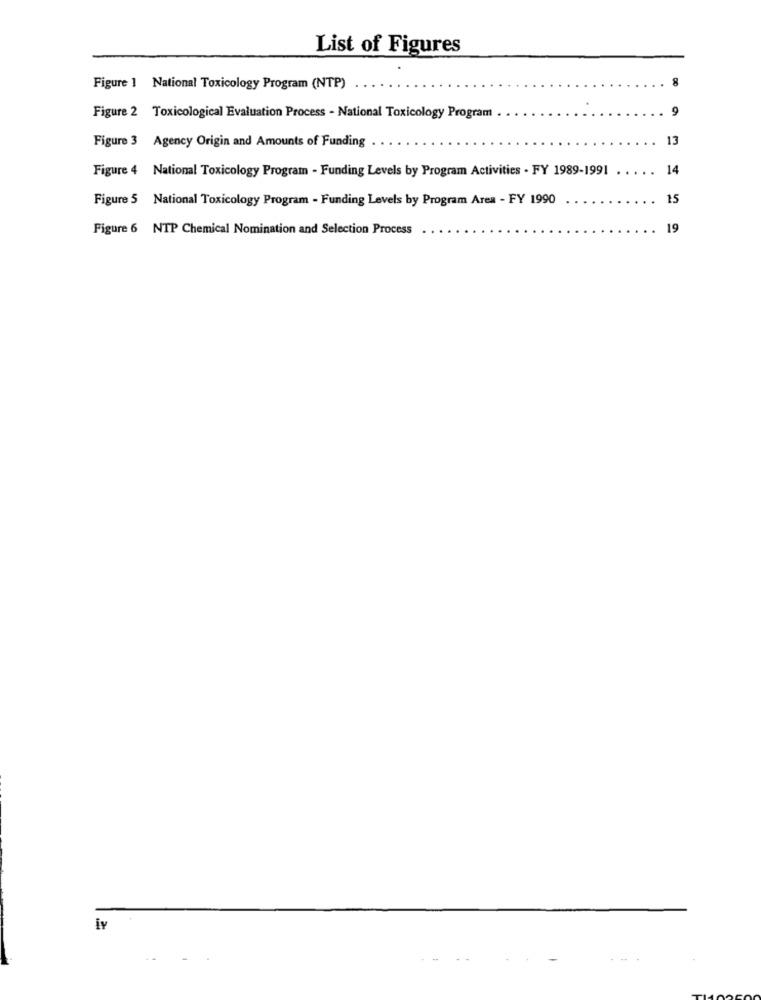
List of Figures
8
Figure 1 National Toxicology Program (NTP)
9
Figure 2 Toxicological Evaluation Process - National Toxicology Program
Figure 3 Agency Origin and Amounts of Funding
13
Figure 4 National Toxicology Program - Funding Levels by Program Activities . FY 1989-1991
14
Figure 5 National Toxicology Program - Funding Levels by Program Area - FY 1990
15
Figure 6 NTP Chemical Nomination and Selection Process
19